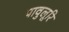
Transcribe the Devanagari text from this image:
पावुलूरि